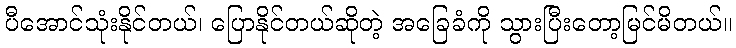
ပီအောင်သုံးနိုင်တယ်၊ ပြောနိုင်တယ်ဆိုတဲ့ အခြေခံကို သွားပြီးတော့မြင်မိတယ်။